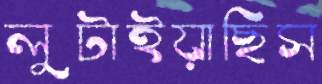
লুটাইয়াছিস